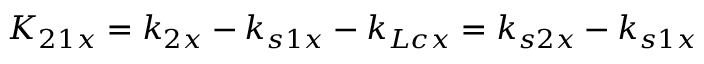
K _ { 2 1 x } = k _ { 2 x } - k _ { s 1 x } - k _ { L c x } = k _ { s 2 x } - k _ { s 1 x }